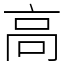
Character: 高